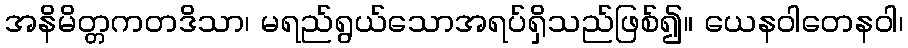
အနိမိတ္တကတဒိသာ၊ မရည်ရွယ်သောအရပ်ရှိသည်ဖြစ်၍။ ယေနဝါတေနဝါ၊